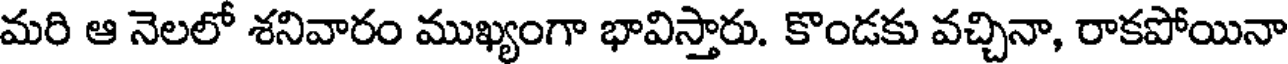
మరి ఆ నెలలో శనివారం ముఖ్యంగా భావిస్తారు. కొండకు వచ్చినా, రాకపోయినా